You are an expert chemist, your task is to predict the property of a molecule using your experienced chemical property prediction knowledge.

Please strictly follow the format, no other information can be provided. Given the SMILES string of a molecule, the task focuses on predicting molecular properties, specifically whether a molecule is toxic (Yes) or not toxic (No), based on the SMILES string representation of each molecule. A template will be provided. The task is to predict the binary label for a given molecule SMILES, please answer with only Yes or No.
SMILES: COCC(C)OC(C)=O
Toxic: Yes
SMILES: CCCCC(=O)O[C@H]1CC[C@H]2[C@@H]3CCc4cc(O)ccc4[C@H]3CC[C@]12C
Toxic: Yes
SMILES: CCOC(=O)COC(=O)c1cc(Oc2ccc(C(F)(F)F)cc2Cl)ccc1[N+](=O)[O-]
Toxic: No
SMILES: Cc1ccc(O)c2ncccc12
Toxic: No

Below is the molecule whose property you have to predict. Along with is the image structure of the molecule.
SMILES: CCCCCCO
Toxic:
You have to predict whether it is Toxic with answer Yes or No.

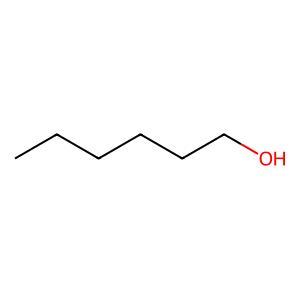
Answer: No